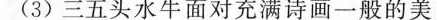
(3)三五头水牛面对充满诗画一般的美